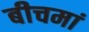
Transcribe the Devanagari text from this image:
बीचमां